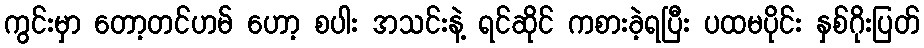
ကွင်းမှာ တော့တင်ဟမ် ဟော့ စပါး အသင်းနဲ့ ရင်ဆိုင် ကစားခဲ့ရပြီး ပထမပိုင်း နှစ်ဂိုးပြတ်